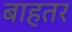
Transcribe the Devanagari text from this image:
बाहतर